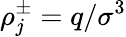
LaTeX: \rho_{j}^{\pm}=q/\sigma^{3}